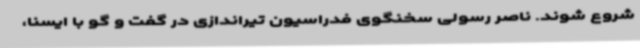
شروع شوند. ناصر رسولی سخنگوی فدراسیون تیراندازی در گفت و گو با ایسنا،